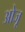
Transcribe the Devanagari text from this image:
ओजू